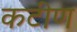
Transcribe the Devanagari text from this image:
कटीण